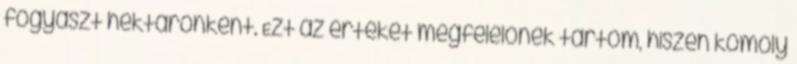
fogyaszt hektáronként. Ezt az értéket megfelelőnek tartom, hiszen komoly